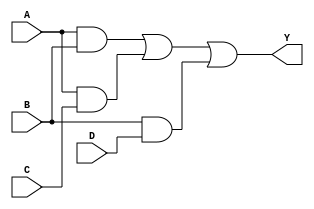
module CombinationalLogicBlock (
    input wire A,        // Input Variable A
    input wire B,        // Input Variable B
    input wire C,        // Input Variable C
    input wire D,        // Input Variable D
    output wire Y        // Output Y
);

// Intermediate signals for minimized expressions
wire AB;  // A AND B
wire AC;  // A AND C
wire BD;  // B AND D

// K-map simplified logic (Example)
assign AB = A & B;      // AND gate for A and B
assign AC = A & C;      // AND gate for A and C
assign BD = B & D;      // AND gate for B and D

// Example of a minimized logic expression using the K-map result
assign Y = (AB | AC | BD); // ORing the results

endmodule